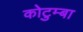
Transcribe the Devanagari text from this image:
कोटुम्बा